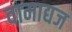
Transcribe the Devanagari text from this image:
वामाद्यज